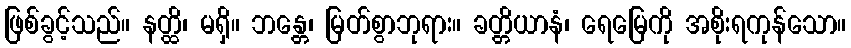
ဖြစ်ခွင့်သည်။ နတ္ထိ၊ မရှိ။ ဘန္တေ၊ မြတ်စွာဘုရား။ ခတ္တိယာနံ၊ ရေမြေကို အစိုးရကုန်သော။